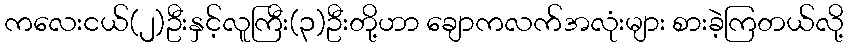
ကလေးငယ်(၂)ဦးနှင့်လူကြီး(၃)ဦးတို့ဟာ ချောကလက်အလုံးများ စားခဲ့ကြတယ်လို့